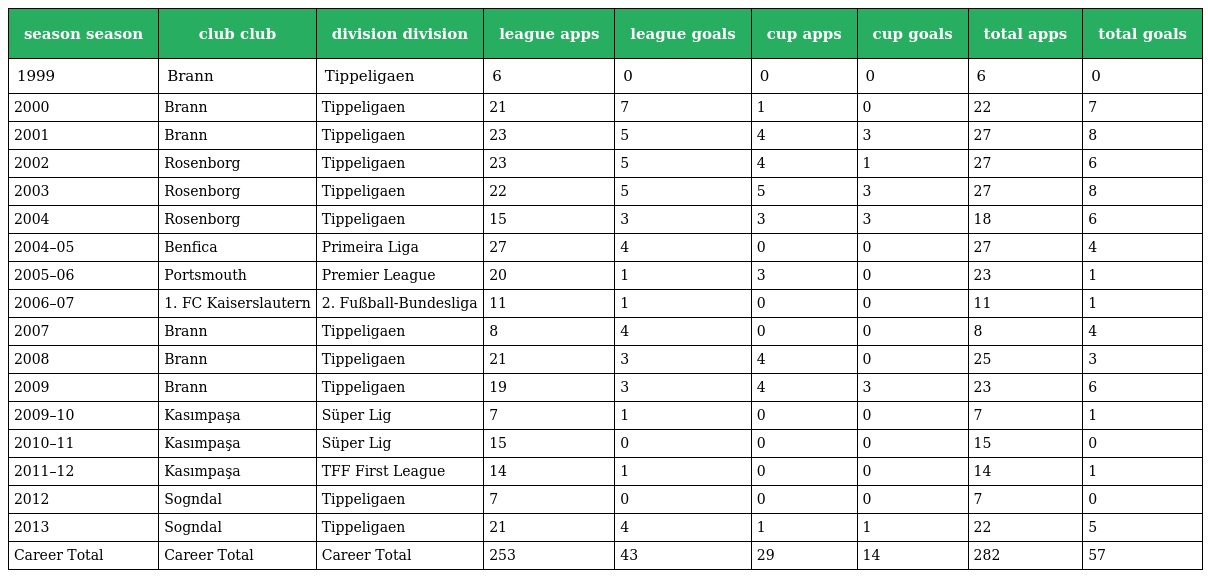
| season season | club club | division division | league apps | league goals | cup apps | cup goals | total apps | total goals |
 | --- | --- | --- | --- | --- | --- | --- | --- | --- |
 | 1999 | Brann | Tippeligaen | 6 | 0 | 0 | 0 | 6 | 0 |
 | 2000 | Brann | Tippeligaen | 21 | 7 | 1 | 0 | 22 | 7 |
 | 2001 | Brann | Tippeligaen | 23 | 5 | 4 | 3 | 27 | 8 |
 | 2002 | Rosenborg | Tippeligaen | 23 | 5 | 4 | 1 | 27 | 6 |
 | 2003 | Rosenborg | Tippeligaen | 22 | 5 | 5 | 3 | 27 | 8 |
 | 2004 | Rosenborg | Tippeligaen | 15 | 3 | 3 | 3 | 18 | 6 |
 | 2004–05 | Benfica | Primeira Liga | 27 | 4 | 0 | 0 | 27 | 4 |
 | 2005–06 | Portsmouth | Premier League | 20 | 1 | 3 | 0 | 23 | 1 |
 | 2006–07 | 1. FC Kaiserslautern | 2. Fußball-Bundesliga | 11 | 1 | 0 | 0 | 11 | 1 |
 | 2007 | Brann | Tippeligaen | 8 | 4 | 0 | 0 | 8 | 4 |
 | 2008 | Brann | Tippeligaen | 21 | 3 | 4 | 0 | 25 | 3 |
 | 2009 | Brann | Tippeligaen | 19 | 3 | 4 | 3 | 23 | 6 |
 | 2009–10 | Kasımpaşa | Süper Lig | 7 | 1 | 0 | 0 | 7 | 1 |
 | 2010–11 | Kasımpaşa | Süper Lig | 15 | 0 | 0 | 0 | 15 | 0 |
 | 2011–12 | Kasımpaşa | TFF First League | 14 | 1 | 0 | 0 | 14 | 1 |
 | 2012 | Sogndal | Tippeligaen | 7 | 0 | 0 | 0 | 7 | 0 |
 | 2013 | Sogndal | Tippeligaen | 21 | 4 | 1 | 1 | 22 | 5 |
 | Career Total | Career Total | Career Total | 253 | 43 | 29 | 14 | 282 | 57 |